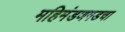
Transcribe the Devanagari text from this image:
महिमंडणगडचा